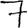
Digit: 7